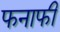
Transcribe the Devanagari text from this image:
फनाफी